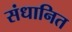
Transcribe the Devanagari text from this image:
संधानित